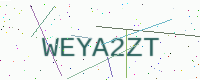
Text: WEYA2ZT